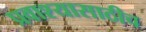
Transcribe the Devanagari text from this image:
प्रवाश्यासाठीच